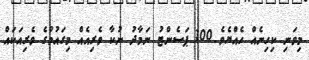
މިވަނި ކިހިނެއް ހެއްޔެވެ 100 ޕަސެންޓު ނަމާދު ނުކާ ވެރިއެއް މިގައުމުގެ ވެރިއަކައް